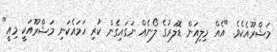
މަޝްރޫއެކެވެ. "އެއް މިލިއަން ޑޮލަރުގެ ލޯނެއް ނަގައިގެން ކުރި ހަމައެކަނި މަޝްރޫއަކީ މިއީ"